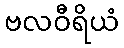
ဗလဝီရိယံ